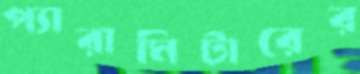
প্যারামিটারের